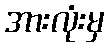
အားလုံးမှ